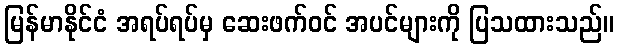
မြန်မာနိုင်ငံ အရပ်ရပ်မှ ဆေးဖက်ဝင် အပင်များကို ပြသထားသည်။